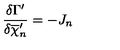
\frac { \delta \Gamma ^ { \prime } } { \delta \overline { { \chi } } _ { n } ^ { \prime } } = - J _ { n }